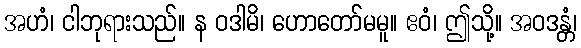
အဟံ၊ ငါဘုရားသည်။ န ဝဒါမိ၊ ဟောတော်မမူ။ ဧဝံ၊ ဤသို့။ အဝဒန္တံ၊